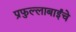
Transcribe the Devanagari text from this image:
प्रफुल्लाबाईंचे